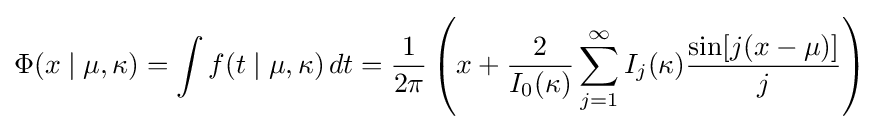
\Phi (x\mid \mu ,\kappa )=\int f(t\mid \mu ,\kappa )\,dt={\frac {1}{2\pi }}\left(x+{\frac {2}{I_{0}(\kappa )}}\sum _{j=1}^{\infty }I_{j}(\kappa ){\frac {\sin[j(x-\mu )]}{j}}\right)